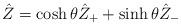
LaTeX: \begin{align*}\hat{Z}=\cosh\theta \hat{Z}_+ + \sinh\theta \hat{Z}_-\end{align*}